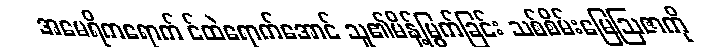
အမေရိကရောက် င်ထဲရောက်အောင် သူ၏မိန့်မြွက်ခြင်း သစ်စိမ်းမြေဩဇာကို